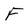
Character: F